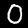
Digit: 0